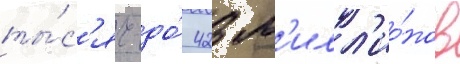
ты́с'яч до́ 423 м'илл'ио́нов